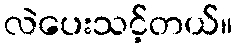
လဲပေးသင့်တယ်။